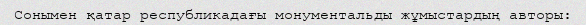
Сонымен қатар республикадағы монументальды жұмыстардың авторы: